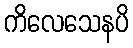
ကိလေသေနပိ